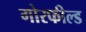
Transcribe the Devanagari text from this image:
गोरफील्ड